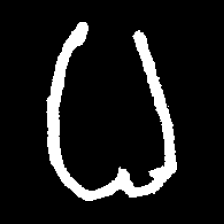
Pyu character \u2014 Myanmar letter: ဓ (romanized: dha)